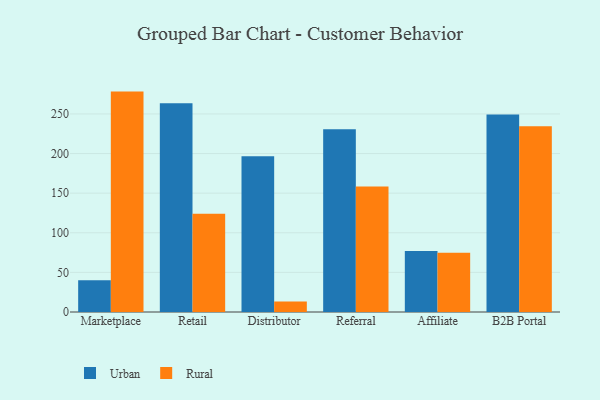
{"axis": {"x": "Channel", "y": "Budget (USD K)"}, "legend": ["Rural", "Urban"], "data": [{"x": "Marketplace", "y": 40.0, "type": "Urban"}, {"x": "Marketplace", "y": 278.2, "type": "Rural"}, {"x": "Retail", "y": 263.6, "type": "Urban"}, {"x": "Retail", "y": 123.9, "type": "Rural"}, {"x": "Distributor", "y": 196.5, "type": "Urban"}, {"x": "Distributor", "y": 13.3, "type": "Rural"}, {"x": "Referral", "y": 230.6, "type": "Urban"}, {"x": "Referral", "y": 158.5, "type": "Rural"}, {"x": "Affiliate", "y": 77.0, "type": "Urban"}, {"x": "Affiliate", "y": 74.7, "type": "Rural"}, {"x": "B2B Portal", "y": 249.2, "type": "Urban"}, {"x": "B2B Portal", "y": 234.6, "type": "Rural"}]}